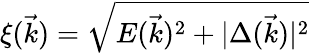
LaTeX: \xi(\vec{k})=\sqrt{E(\vec{k})^{2}+|\Delta(\vec{k})|^{2}}